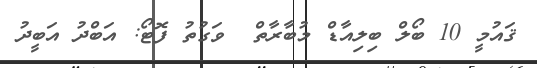
ޤައުމީ 10 ބޯލް ބިލިއާޑް މުބާރާތް  ވަގުތު ފޮޓޯ: އަބްދު އަބީދު